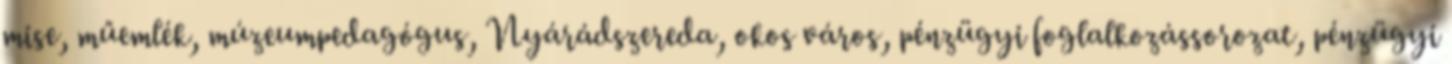
mise, műemlék, múzeumpedagógus, Nyárádszereda, okos város, pénzügyi foglalkozássorozat, pénzügyi